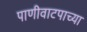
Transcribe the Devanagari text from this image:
पाणीवाटपाच्या